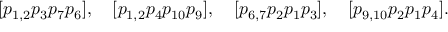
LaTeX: [ p _ { 1 , 2 } p _ { 3 } p _ { 7 } p _ { 6 } ] , \quad [ p _ { 1 , 2 } p _ { 4 } p _ { 1 0 } p _ { 9 } ] , \quad [ p _ { 6 , 7 } p _ { 2 } p _ { 1 } p _ { 3 } ] , \quad [ p _ { 9 , 1 0 } p _ { 2 } p _ { 1 } p _ { 4 } ] .